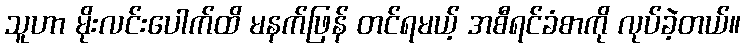
သူဟာ မိုးလင်းပေါက်ထိ မနက်ဖြန် တင်ရမယ့် အစီရင်ခံစာကို လုပ်ခဲ့တယ်။